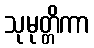
သုမုတ္တိကာ